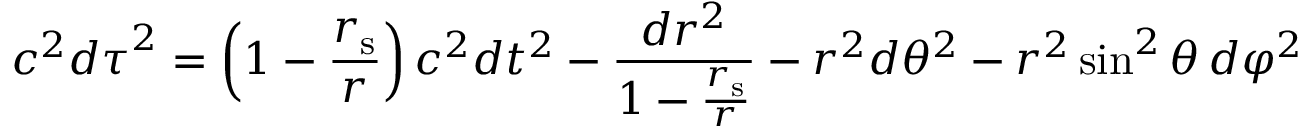
c ^ { 2 } { d \tau } ^ { 2 } = \left( 1 - { \frac { r _ { \mathrm { { s } } } } { r } } \right) c ^ { 2 } d t ^ { 2 } - { \frac { d r ^ { 2 } } { 1 - { \frac { r _ { \mathrm { { s } } } } { r } } } } - r ^ { 2 } d \theta ^ { 2 } - r ^ { 2 } \sin ^ { 2 } \theta \, d \varphi ^ { 2 }